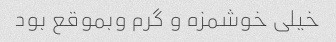
خیلی خوشمزه و گرم وبموقع بود